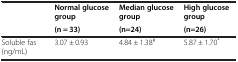
<table><thead><tr><td rowspan="2"><b> </b></td><td><b>Normal glucose group</b></td><td><b>Median glucose group</b></td><td><b>High glucose group</b></td></tr><tr><td><b>(n = 33)</b></td><td><b>(n=24)</b></td><td><b>(n=26)</b></td></tr></thead><tbody><tr><td>Soluble fas (ng/mL)</td><td>3.07 ± 0.93</td><td>4.84 ± 1.38<sup>#</sup></td><td>5.87 ± 1.70<sup>*</sup></td></tr></tbody></table>